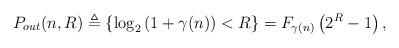
LaTeX: \begin{align*}P_{out} (n, R) \triangleq \left\{ \log_2 \left( 1 + \gamma(n) \right) < R \right\} = F_{\gamma(n)} \left( 2^R - 1 \right),\end{align*}